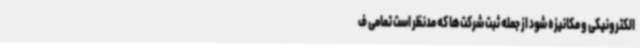
الکترونیکی و مکانیزه شود از جمله ثبت شرکت‌ها که مدنظر است تمامی ف